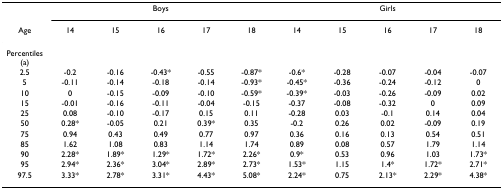
<table><thead><tr><td></td><td colspan="5"><b>Boys</b></td><td colspan="5"><b>Girls</b></td></tr><tr><td><b>Age</b></td><td><b>14</b></td><td><b>15</b></td><td><b>16</b></td><td><b>17</b></td><td><b>18</b></td><td><b>14</b></td><td><b>15</b></td><td><b>16</b></td><td><b>17</b></td><td><b>18</b></td></tr></thead><tbody><tr><td>Percentiles(a)</td><td></td><td></td><td></td><td></td><td></td><td></td><td></td><td></td><td></td><td></td></tr><tr><td>2.5</td><td>-0.2</td><td>-0.16</td><td>-0.43*</td><td>-0.55</td><td>-0.87*</td><td>-0.6*</td><td>-0.28</td><td>-0.07</td><td>-0.04</td><td>-0.07</td></tr><tr><td>5</td><td>-0.11</td><td>-0.14</td><td>-0.18</td><td>-0.14</td><td>-0.93*</td><td>-0.45*</td><td>-0.36</td><td>-0.24</td><td>-0.12</td><td>0</td></tr><tr><td>10</td><td>0</td><td>-0.15</td><td>-0.09</td><td>-0.10</td><td>-0.59*</td><td>-0.39*</td><td>-0.03</td><td>-0.26</td><td>-0.09</td><td>0.02</td></tr><tr><td>15</td><td>-0.01</td><td>-0.16</td><td>-0.11</td><td>-0.04</td><td>-0.15</td><td>-0.37</td><td>-0.08</td><td>-0.32</td><td>0</td><td>0.09</td></tr><tr><td>25</td><td>0.08</td><td>-0.10</td><td>-0.17</td><td>0.15</td><td>0.11</td><td>-0.28</td><td>0.03</td><td>-0.1</td><td>0.14</td><td>0.04</td></tr><tr><td>50</td><td>0.28*</td><td>-0.05</td><td>0.21</td><td>0.39*</td><td>0.35</td><td>-0.2</td><td>0.26</td><td>0.02</td><td>-0.09</td><td>0.19</td></tr><tr><td>75</td><td>0.94</td><td>0.43</td><td>0.49</td><td>0.77</td><td>0.97</td><td>0.36</td><td>0.16</td><td>0.13</td><td>0.54</td><td>0.51</td></tr><tr><td>85</td><td>1.62</td><td>1.08</td><td>0.83</td><td>1.14</td><td>1.74</td><td>0.89</td><td>0.08</td><td>0.57</td><td>1.79</td><td>1.14</td></tr><tr><td>90</td><td>2.28*</td><td>1.89*</td><td>1.29*</td><td>1.72*</td><td>2.26*</td><td>0.9*</td><td>0.53</td><td>0.96</td><td>1.03</td><td>1.73*</td></tr><tr><td>95</td><td>2.94*</td><td>2.36*</td><td>3.04*</td><td>2.89*</td><td>2.73*</td><td>1.53*</td><td>1.15</td><td>1.4*</td><td>1.72*</td><td>2.71*</td></tr><tr><td>97.5</td><td>3.33*</td><td>2.78*</td><td>3.31*</td><td>4.43*</td><td>5.08*</td><td>2.24*</td><td>0.75</td><td>2.13*</td><td>2.29*</td><td>4.38*</td></tr></tbody></table>